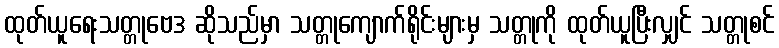
ထုတ်ယူရေးသတ္တုဗေဒ ဆိုသည်မှာ သတ္တုကျောက်ရိုင်းများမှ သတ္တုကို ထုတ်ယူပြီးလျှင် သတ္တုစင်